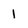
Character: 1